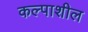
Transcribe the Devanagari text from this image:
कल्पाशील